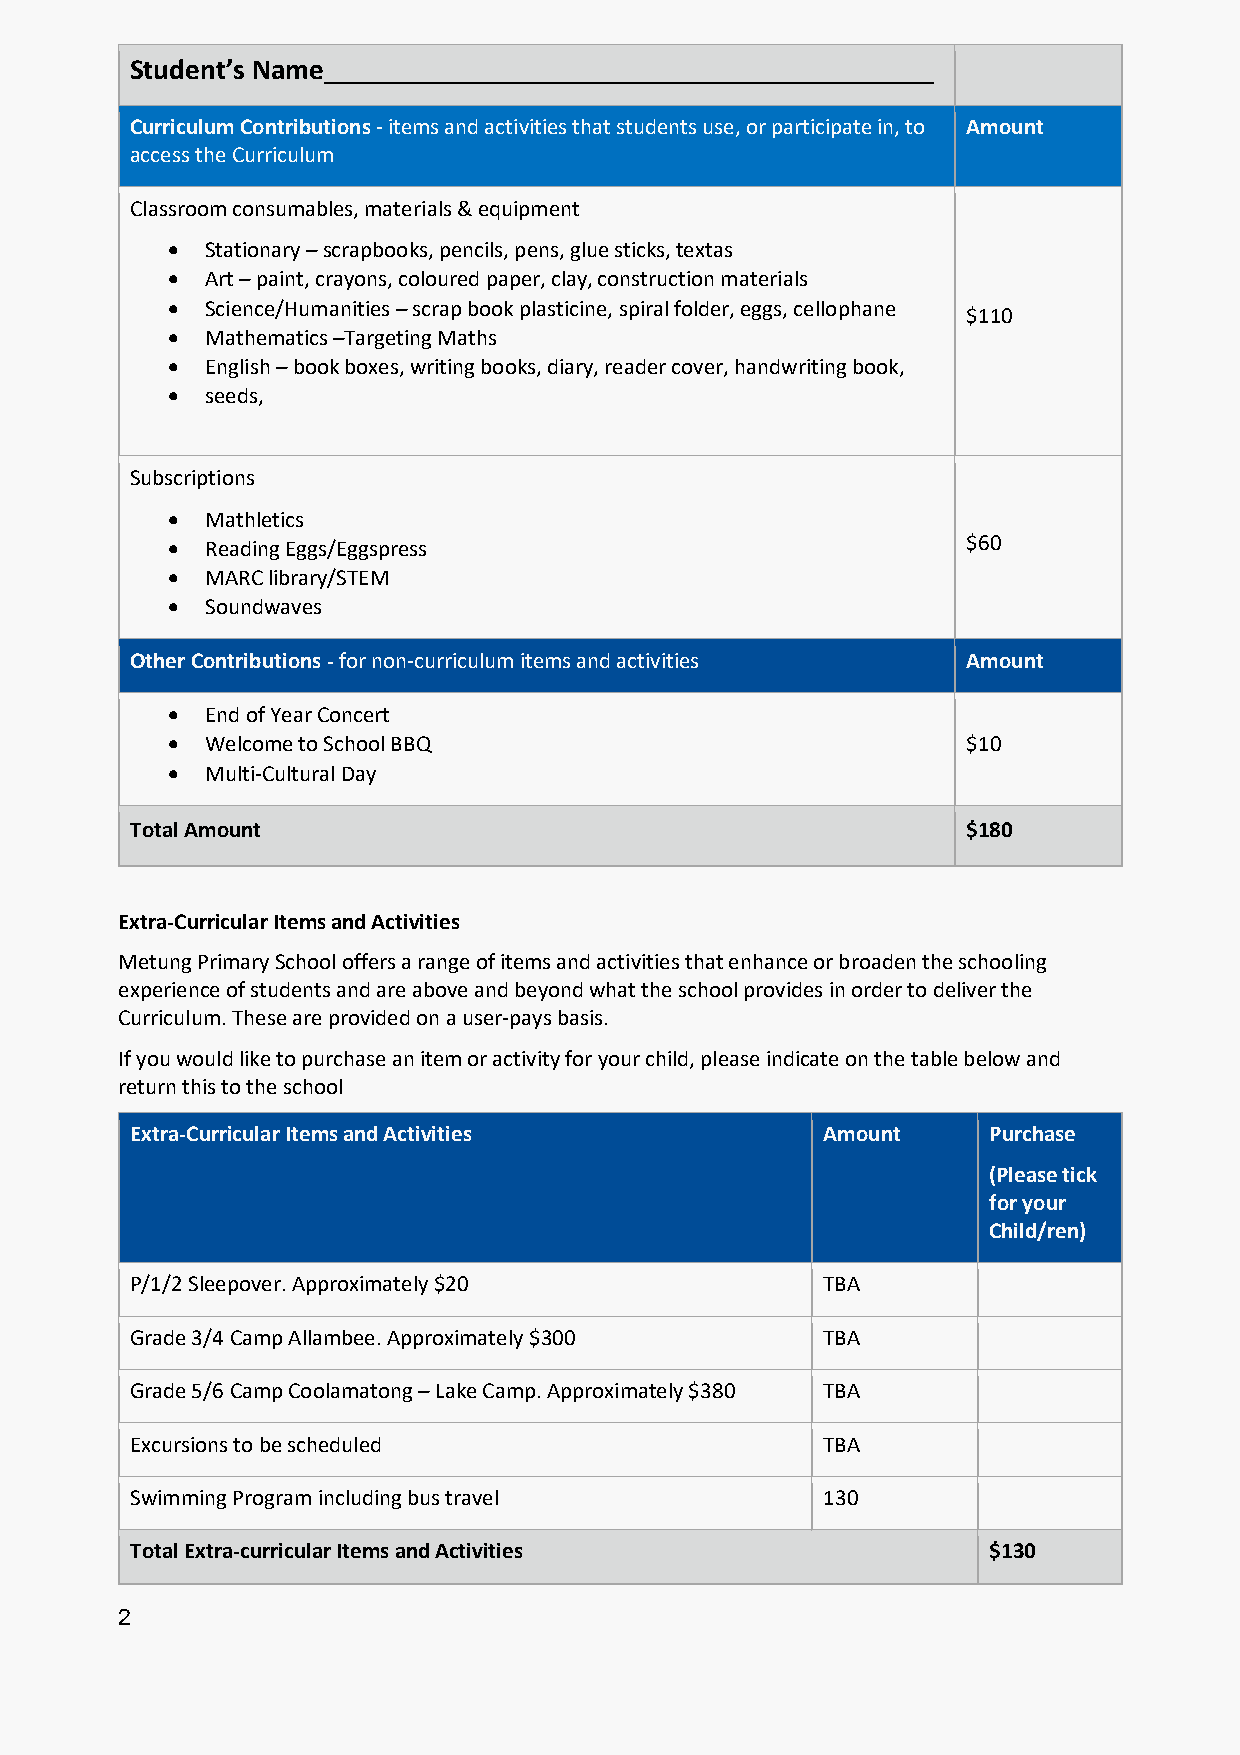
Student’s Name__________________________________________
 Curriculum Contributions - items and activities that students use, or participate in, to Amount
 access the Curriculum
 Classroom consumables, materials & equipment
 •  Stationary – scrapbooks, pencils, pens, glue sticks, textas
 •  Art – paint, crayons, coloured paper, clay, construction materials
 •  Science/Humanities – scrap book plasticine, spiral folder, eggs, cellophane
 $110
 •  Mathematics –Targeting Maths
 •  English – book boxes, writing books, diary, reader cover, handwriting book,
 •  seeds,
 Subscriptions
 •  Mathletics
 •  Reading Eggs/Eggspress                            $60
 •  MARC library/STEM
 •  Soundwaves
 Other Contributions - for non-curriculum items and activities Amount
 •  End of Year Concert
 •  Welcome to School BBQ                             $10
 •  Multi-Cultural Day
 Total Amount                                           $180
 Extra-Curricular Items and Activities
 Metung Primary School offers a range of items and activities that enhance or broaden the schooling
 experience of students and are above and beyond what the school provides in order to deliver the
 Curriculum. These are provided on a user-pays basis.
 If you would like to purchase an item or activity for your child, please indicate on the table below and
 return this to the school
 Extra-Curricular Items and Activities        Amount     Purchase
 (Please tick
 for your
 Child/ren)
 P/1/2 Sleepover. Approximately $20           TBA
 Grade 3/4 Camp Allambee. Approximately $300  TBA
 Grade 5/6 Camp Coolamatong – Lake Camp. Approximately $380 TBA
 Excursions to be scheduled                   TBA
 Swimming Program including bus travel        130
 Total Extra-curricular Items and Activities             $130
 2